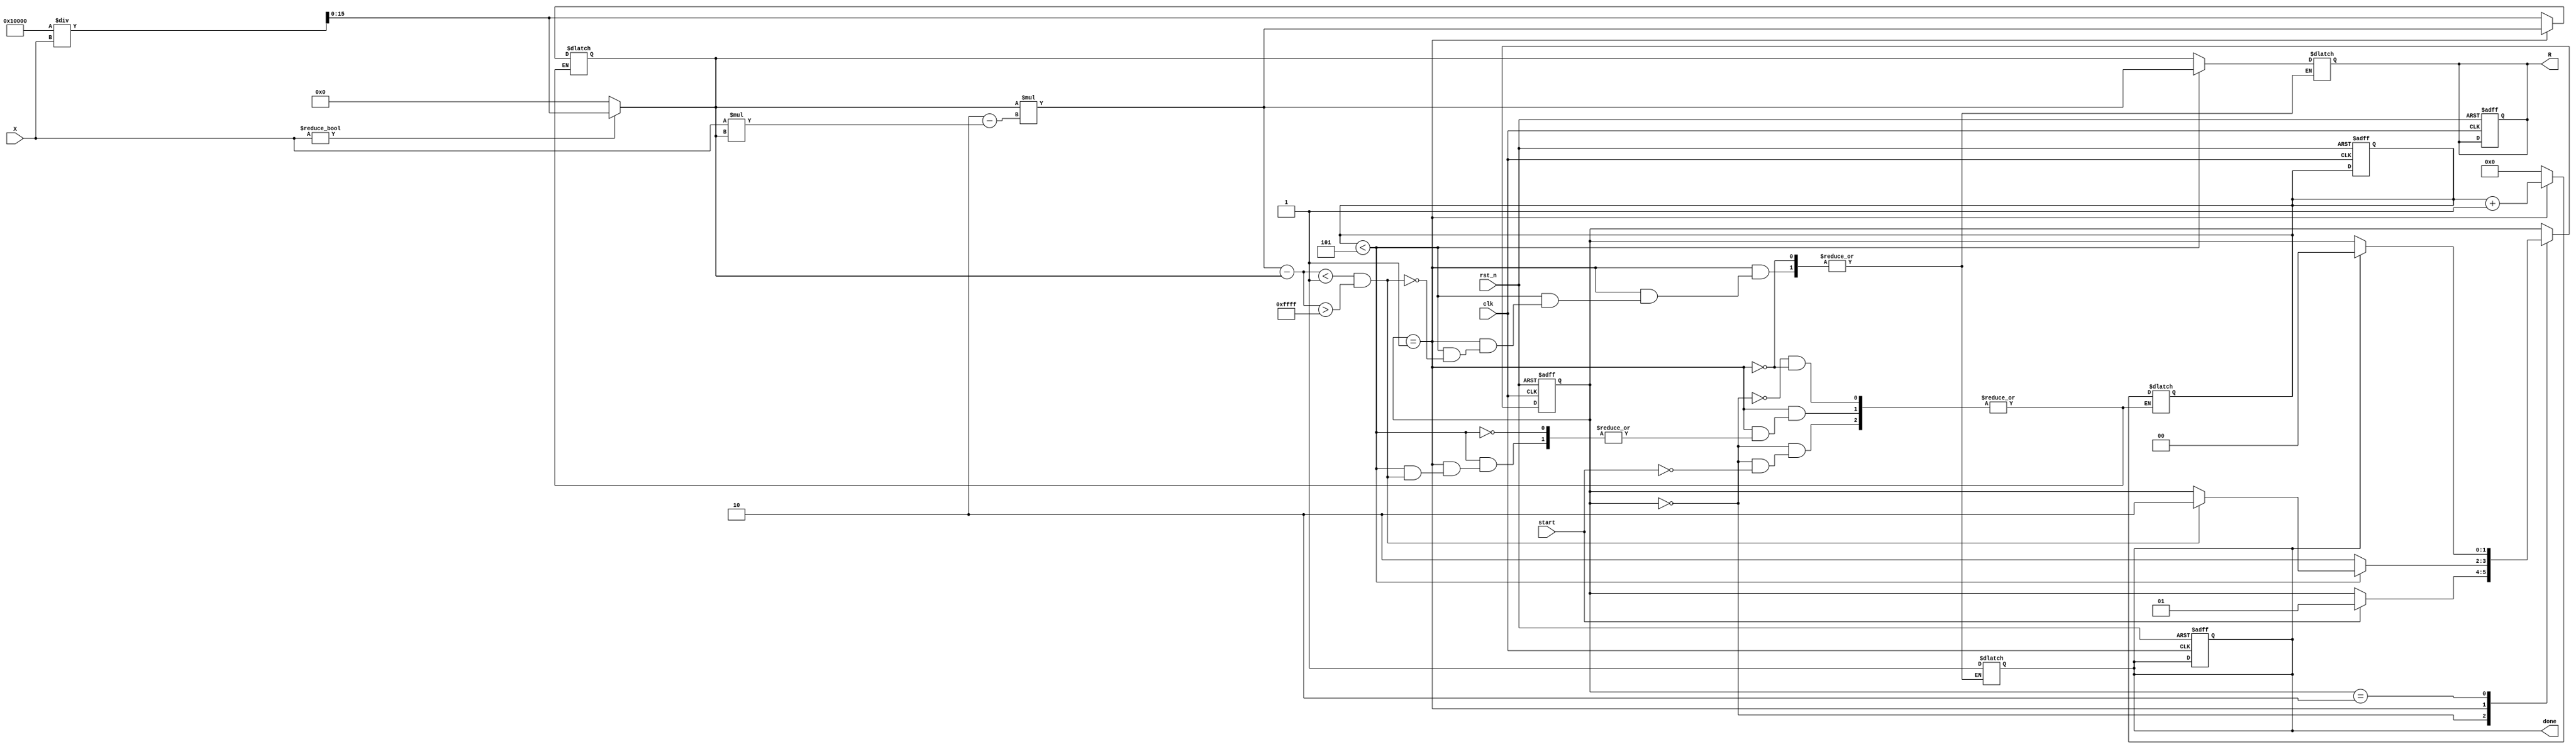
module newton_raphson_reciprocal #(
    parameter WIDTH = 16,         // Width of the input and output
    parameter MAX_ITER = 5,       // Maximum number of iterations
    parameter THRESHOLD = 16'h0001 // Convergence threshold
)(
    input wire clk,
    input wire rst_n,
    input wire start,
    input wire [WIDTH-1:0] X,     // Input value
    output reg [WIDTH-1:0] R,      // Reciprocal output
    output reg done                // Done signal
);

    reg [WIDTH-1:0] G;             // Current guess
    reg [WIDTH-1:0] G_next;        // Next guess
    reg [3:0] iteration;           // Iteration counter
    reg computing;                 // State flag for computing

    // State machine for control logic
    localparam IDLE = 2'b00,
               COMPUTE = 2'b01,
               OUTPUT = 2'b10;

    reg [1:0] state, next_state;

    // Initial guess calculation
    always @(*) begin
        if (X != 0) begin
            G = (2 ** WIDTH) / X; // Initial guess G = 2 / X (scaled)
        end else begin
            G = 0; // Handle division by zero
        end
    end

    // State transition
    always @(posedge clk or negedge rst_n) begin
        if (!rst_n) begin
            state <= IDLE;
            iteration <= 0;
            done <= 0;
            R <= 0;
            computing <= 0;
        end else begin
            state <= next_state;
        end
    end

    // Next state logic
    always @(*) begin
        next_state = state;
        case (state)
            IDLE: begin
                if (start) begin
                    iteration = 0;
                    G = (2 ** WIDTH) / X; // Initial guess
                    computing = 1;
                    next_state = COMPUTE;
                end
            end
            COMPUTE: begin
                if (iteration < MAX_ITER) begin
                    G_next = G * (2 - X * G); // Newton-Raphson iteration
                    if (G_next - G < THRESHOLD && G_next - G > -THRESHOLD) begin
                        R = G_next; // Convergence achieved
                        done = 1;
                        next_state = OUTPUT;
                    end else begin
                        G = G_next; // Update guess
                        iteration = iteration + 1;
                    end
                end else begin
                    R = G; // Max iterations reached
                    done = 1;
                    next_state = OUTPUT;
                end
            end
            OUTPUT: begin
                if (done) begin
                    next_state = IDLE; // Go back to IDLE after output
                end
            end
        endcase
    end

endmodule